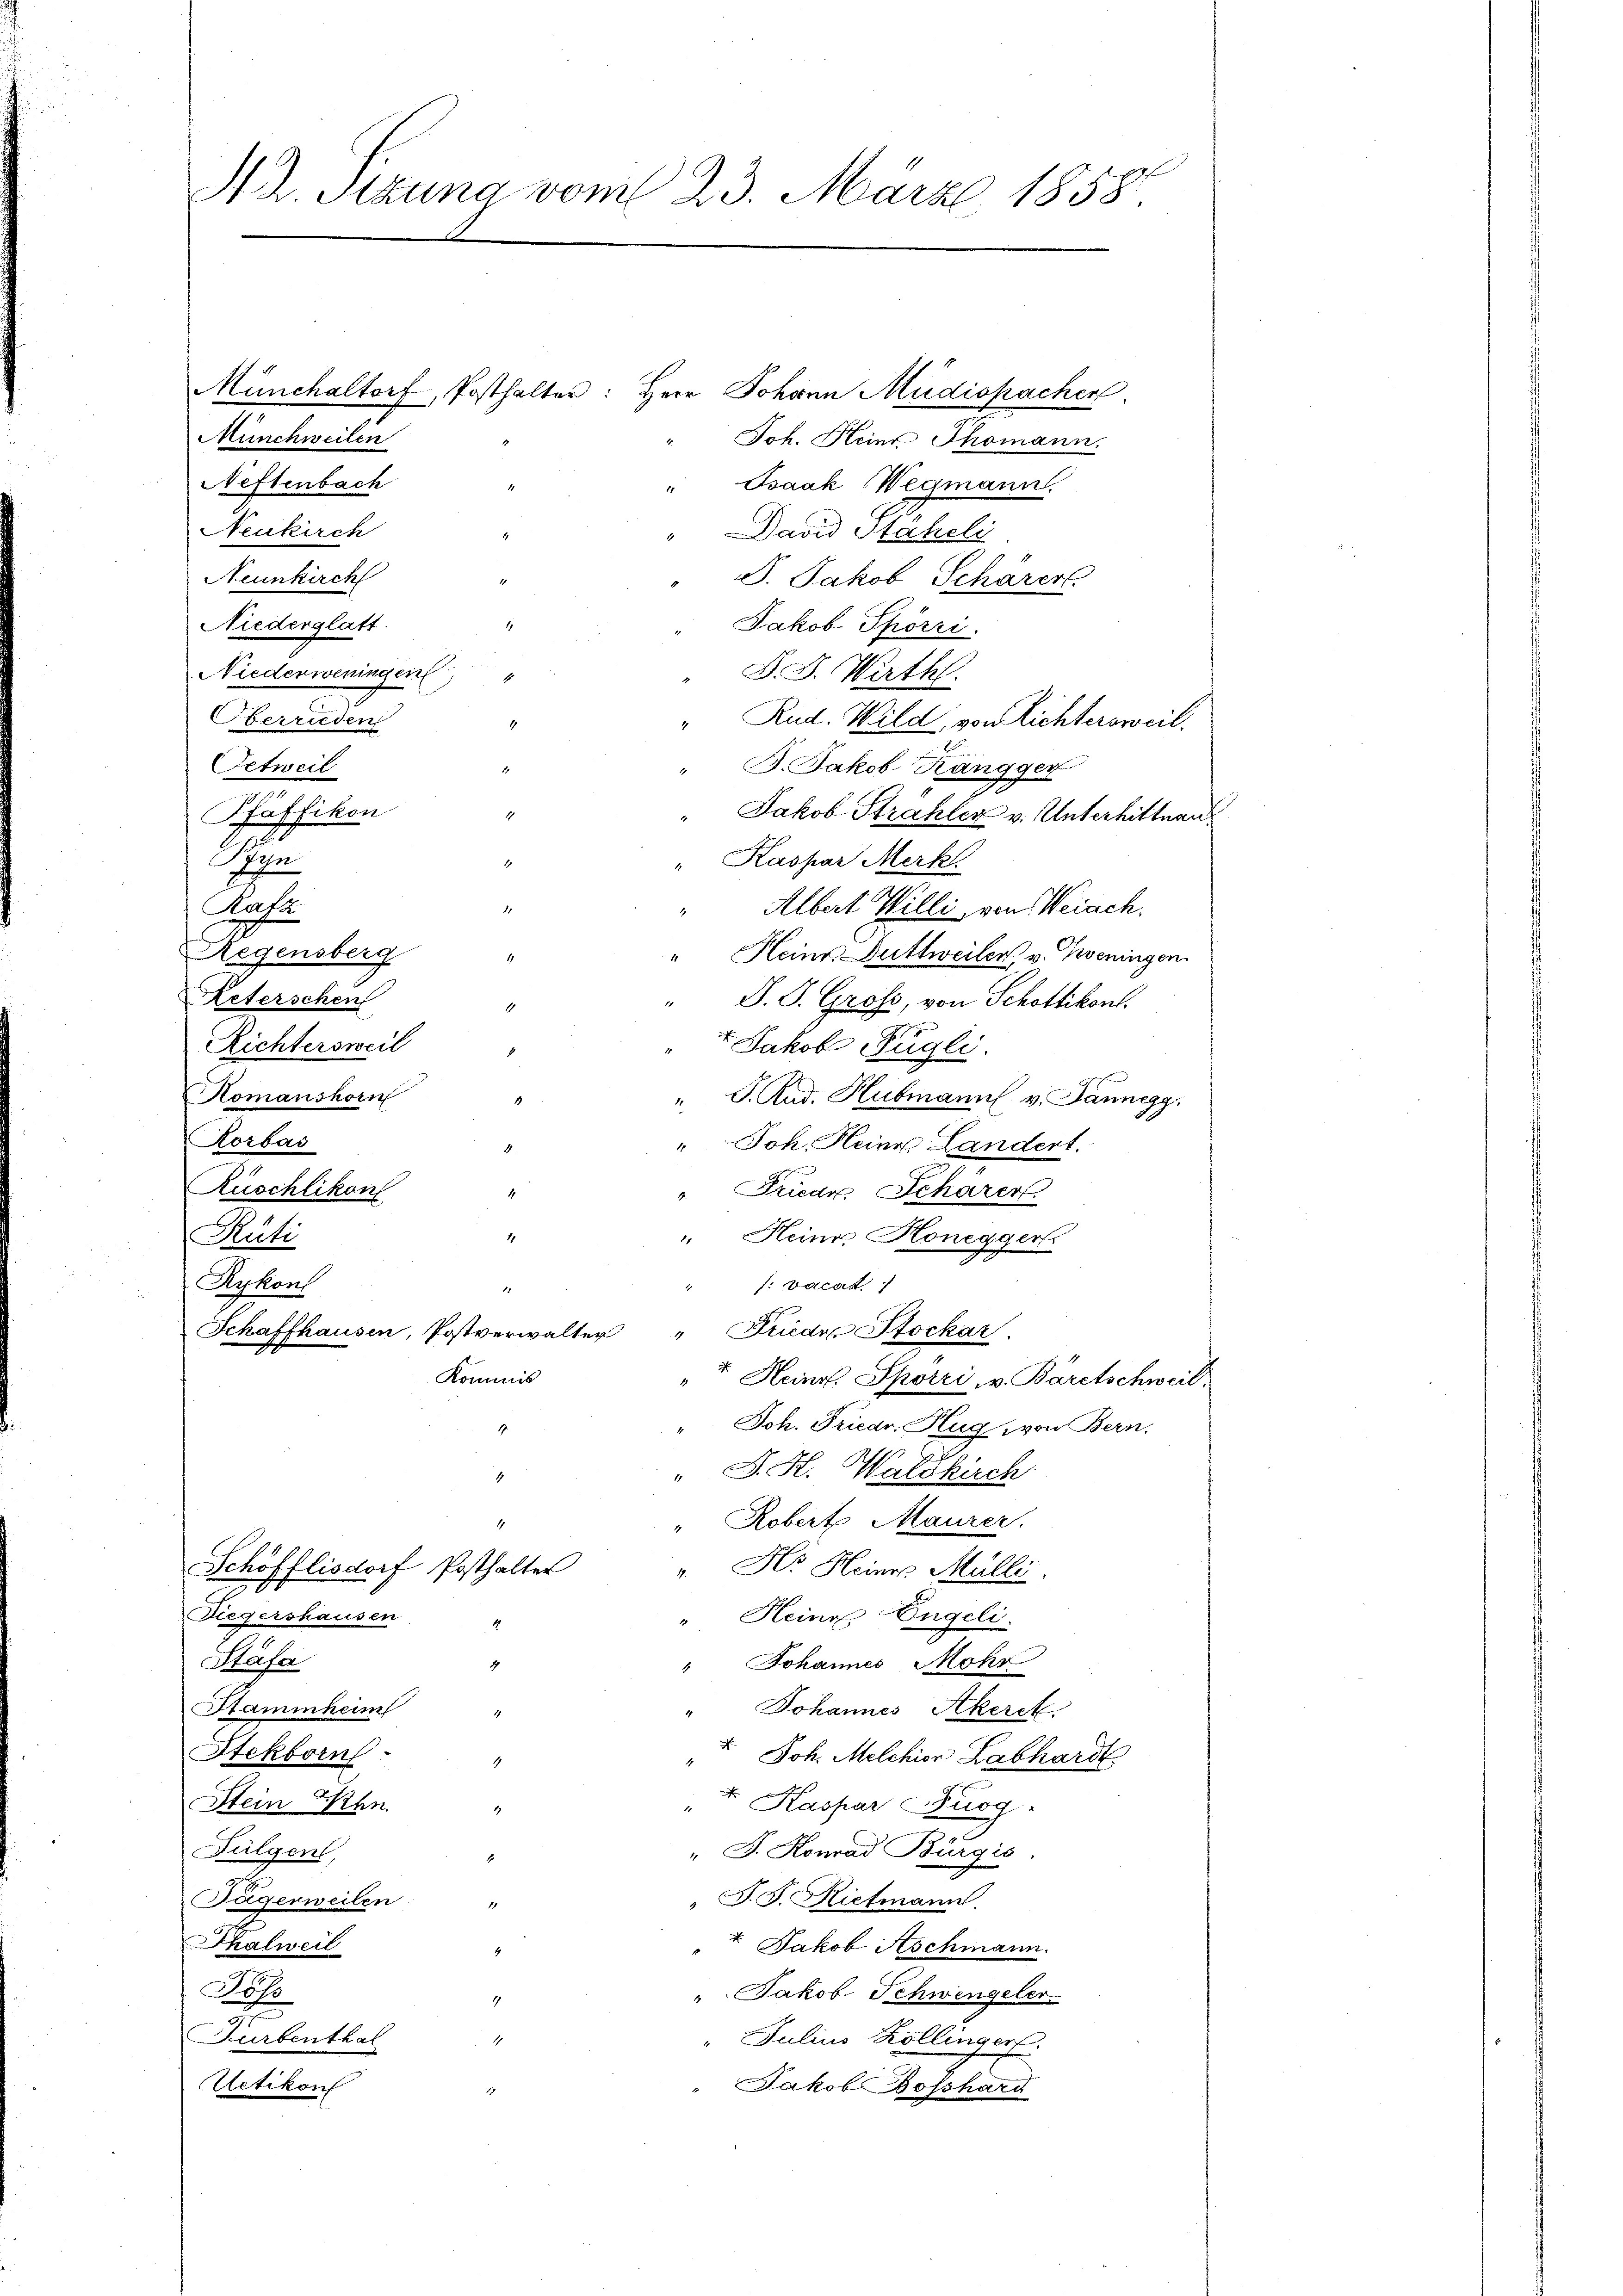
t
Sitzung vom 23. März 1858

Münchweilen
Neftenbach
Neukirch
Neunkirch
Niederglatt.
Niederweningen
telalten
Oetweil
Pfäffikon
Sen
Ratz
Regensberg
Reterschen
Richtersweil

Komanshorn
Korbas
Rüschlikon
4
Räti
Rykon
Schaffhausen, Postverwalter " Frieder Stockar
Kommis

Stäfa
Stammheim
Stekborn.
Stein Wehn.
Fulgen,
Sägerweilen
Thalweil
Joh
Turbenthal
Uetikon

Schöfflisdorf Posthalter

Münchaltorf, Posthalter: Herr Johann Müdispacher

Diegershausen

Joh. Heinr. Thomann.
" Isaak Wegmann.
Dand Staheli
J. Jakob Scharent.
Jakob Spörri
" F. S. Warthl.
" Rud. Wild, von Lichtersweil.
B. Jakob Kängger
Jakob Strahler v. Unterhittnau
" Kaspar Merkl
 D. J. Gross, von Schottikon.
Jakob Fügli.
" J. Rud. Hubmann v. Jannegg
" Joh. Heine Landert.
Friedr. Schärer
 Heinr. Honegger.
f. vacas
" u. Heinr. Spörri, v. Bäretschweil,
" Joh. Friedr. Hug von Bern.
" J. H. Waldkirch
" Robert Maurer.
". Hr. Heines Mülli
" Heine Engeli.
" Johannes Mohr
1
Johannes Akerck
u. Joh. Melchior Labhardt
1
 Kaspar Burg.
" J. Konrad Bürgis.
" F. S. Rietmann.
“ Jakob Aschmann.
" Jakob Schwengeler
" Julius Köllingen.
1
Jakob Boßhard

Albert Willi, von Weiach.
" Heine Duttweiler, v. Poeningen